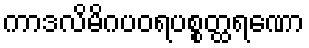
ကာဒလိမိဂပဝရပစ္စတ္ထရဏော